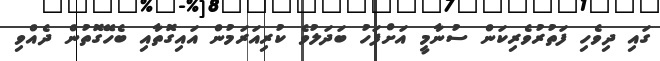
ގައި ދިވެހި ފަތުރުވެރިކަން ސުނާމީ އަށްފަހު ބަދަލުވެ ކުރިއަރަމުން އައިގޮތާއި ބެހޭގޮތުން ދެއްވި